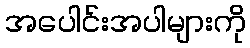
အပေါင်းအပါများကို